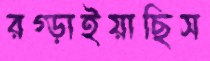
রগ্‌ড়াইয়াছিস